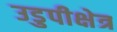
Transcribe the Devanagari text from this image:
उडुपीक्षेत्र